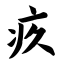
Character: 疚